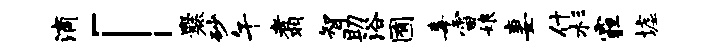
滴「爨砂午翥智助浴囿毒雷娘妻什杉霾墟